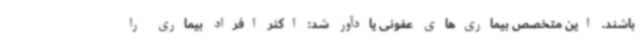
باشند. این متخصص بیماری‌های عفونی یادآور شد: اکثر افراد بیماری را